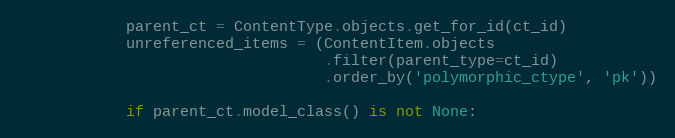
Language: Python
            parent_ct = ContentType.objects.get_for_id(ct_id)
            unreferenced_items = (ContentItem.objects
                                  .filter(parent_type=ct_id)
                                  .order_by('polymorphic_ctype', 'pk'))

            if parent_ct.model_class() is not None: